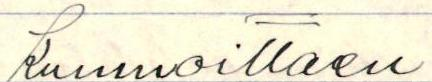
Kunnioittaen